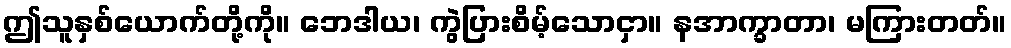
ဤသူနှစ်ယောက်တို့ကို။ ဘေဒါယ၊ ကွဲပြားစိမ့်သောငှာ။ နအာက္ခာတာ၊ မကြားတတ်။